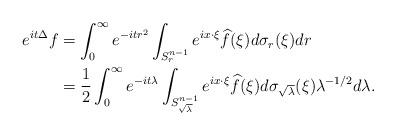
LaTeX: \begin{align*}e^{it\Delta}f&=\int_0^\infty e^{-itr^2}\int_{S_r^{n-1}}e^{ix\cdot\xi}\widehat{f}(\xi)d\sigma_r(\xi)dr\\&=\frac12\int_0^\infty e^{-it\lambda}\int_{S_{\sqrt{\lambda}}^{n-1}}e^{ix\cdot\xi}\widehat{f}(\xi)d\sigma_{\sqrt{\lambda}}(\xi)\lambda^{-1/2}d\lambda.\end{align*}